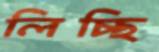
লিচ্ছি